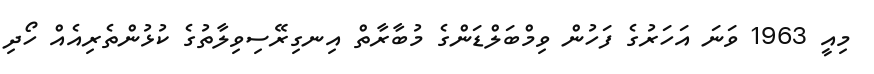
މިއީ 1963 ވަނަ އަހަރުގެ ފަހުން ވިމްބަލްޑަންގެ މުބާރާތް އިނގިރޭސިވިލާތުގެ ކުޅުންތެރިއެއް ހޯދި